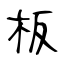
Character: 板